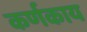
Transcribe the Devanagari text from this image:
कर्णकाय